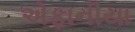
એફાનીયા